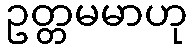
ဥတ္တမမာဟု